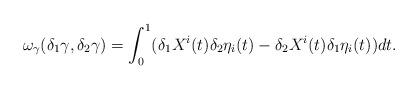
LaTeX: \begin{align*}\omega_{\gamma}(\delta_1\gamma, \delta_2\gamma)= \int_0^1(\delta_1X^i(t)\delta_2\eta_i(t)-\delta_2X^i(t)\delta_1\eta_i(t))dt.\end{align*}